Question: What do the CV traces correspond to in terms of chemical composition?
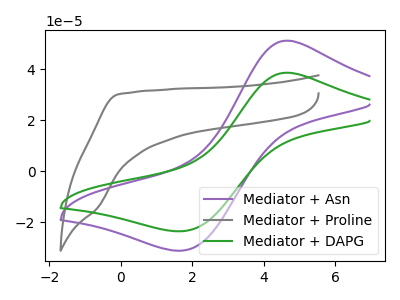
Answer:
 <answer>The purple curve is labeled "Mediator + Asn". The gray curve is labeled "Mediator + Proline". The green curve is labeled "Mediator + DAPG".</answer>
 <eval></eval>